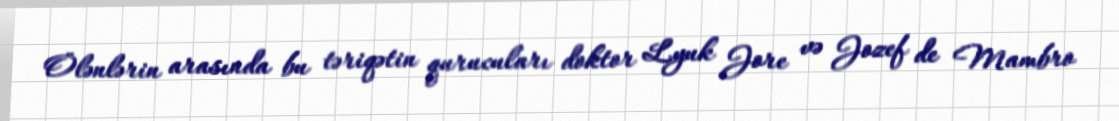
Ölənlərin arasında bu təriqətin qurucuları doktor Lyuk Jore və Jozef de Mambro